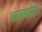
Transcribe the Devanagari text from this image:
आत्मवरित्र